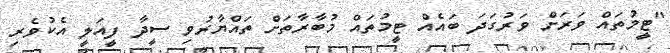
"ޓީމުތައް ވަރަށް ވަރުގަދަ ބައެއް ޓީމުތައް މުބާރާތަށް ތައްޔާރުވި ސީދާ ފީއަލީ އެކުވެރި